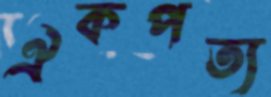
ঐকপত্য